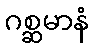
ဂစ္ဆမာနံ